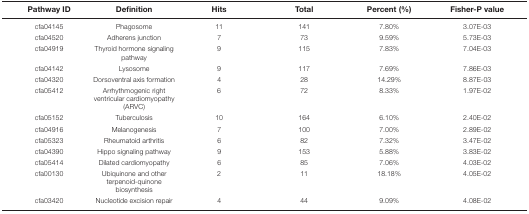
| Pathway ID | Definition | Hits | Total | Percent (%) | Fisher-P value |
 | --- | --- | --- | --- | --- | --- |
 | cfa04145 | Phagosome | 11 | 141 | 7.80% | 3.07E-03 |
 | cfa04520 | Adherens junction | 7 | 73 | 9.59% | 5.73E-03 |
 | cfa04919 | Thyroid hormone signaling pathway | 9 | 115 | 7.83% | 7.04E-03 |
 | cfa04142 | Lysosome | 9 | 117 | 7.69% | 7.86E-03 |
 | cfa04320 | Dorsoventral axis formation | 4 | 28 | 14.29% | 8.87E-03 |
 | cfa05412 | Arrhythmogenic right ventricular cardiomyopathy(ARVC) | 6 | 72 | 8.33% | 1.97E-02 |
 | cfa05152 | Tuberculosis | 10 | 164 | 6.10% | 2.40E-02 |
 | cfa04916 | Melanogenesis | 7 | 100 | 7.00% | 2.89E-02 |
 | cfa05323 | Rheumatoid arthritis | 6 | 82 | 7.32% | 3.47E-02 |
 | cfa04390 | Hippo signaling pathway | 9 | 153 | 5.88% | 3.83E-02 |
 | cfa05414 | Dilated cardiomyopathy | 6 | 85 | 7.06% | 4.03E-02 |
 | cfa00130 | Ubiquinone and other terpenoid-quinonebiosynthesis | 2 | 11 | 18.18% | 4.05E-02 |
 | cfa03420 | Nucleotide excision repair | 4 | 44 | 9.09% | 4.08E-02 |